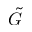
\tilde { G }